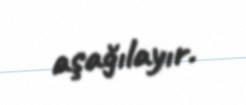
aşağılayır.